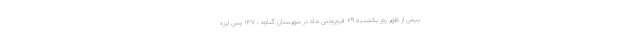
پیش از ظهر روز یکشنبه ۲۹ فرورودین ماه در شهرستان گناوه ، ۱۳۷ پس لرزه